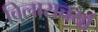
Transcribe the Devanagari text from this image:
विलासचर्या